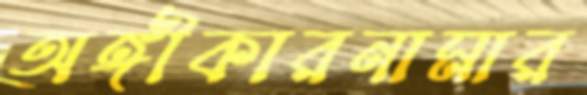
অঙ্গীকারনামার